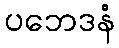
ပဘေဒနံ